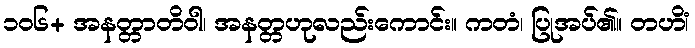
၁၀၆+ အနတ္တာတိဝါ၊ အနတ္တဟုလည်းကောင်း။ ကတံ၊ ပြုအပ်၏။ တဟိံ၊